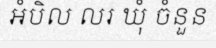
អំបិល លរ ឃុំ ចំនួន